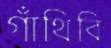
গাঁথিবি